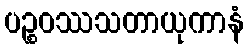
ပဉ္စဝဿသတာယုကာနံ